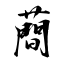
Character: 蕳